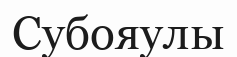
Субояулы